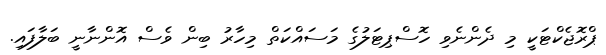
ޕްރޮޖެކްޓަކީ މި ދެންނެވި ހޮސްޕިޓަލުގެ މަސައްކަތް މިހާރު ބިން ވެސް އޮންނާނީ ބަލާފައި.